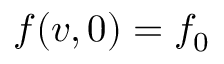
f ( v , 0 ) = f _ { 0 }